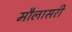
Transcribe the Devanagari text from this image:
मौलासरी